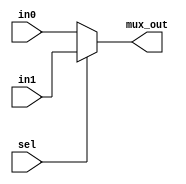
module mux2x1 #(parameter WIDTH=32) (sel, in0, in1, mux_out);
input sel;
input [WIDTH-1:0] in0; 
input [WIDTH-1:0] in1;
output [WIDTH-1:0] mux_out;

assign mux_out = sel ? in1 : in0 ;

endmodule